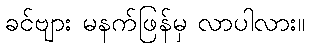
ခင်ဗျား မနက်ဖြန်မှ လာပါလား။